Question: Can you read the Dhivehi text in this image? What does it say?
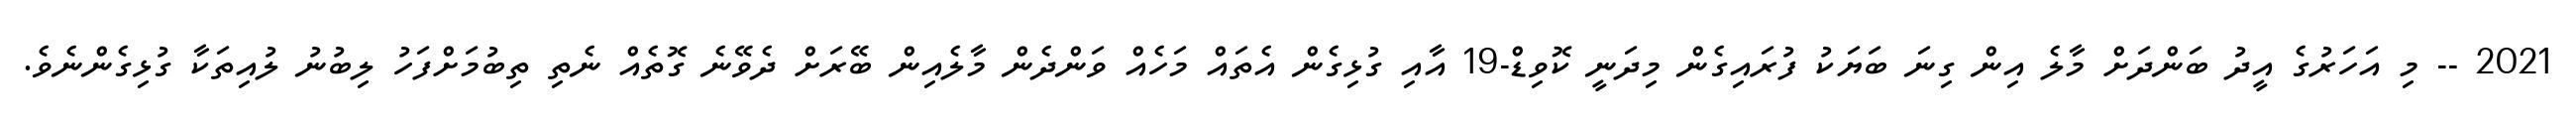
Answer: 2021 -- މި އަހަރުގެ އީދު ބަންދަށް މާލެ އިން ގިނަ ބަޔަކު ފުރައިގެން މިދަނީ ކޮވިޑް-19 އާއި ގުޅިގެން އެތައް މަހެއް ވަންދެން މާލެއިން ބޭރަށް ދެވޭނެ ގޮތެއް ނެތި ތިބުމަށްފަހު ލިބުނު ލުއިތަކާ ގުޅިގެންނެވެ.